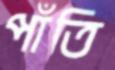
পাঁতি